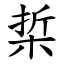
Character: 梊